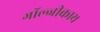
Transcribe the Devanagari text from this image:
गॉल्जीकाय